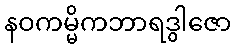
နဝကမ္မိကဘာရဒွါဇော